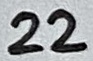
Text: 22